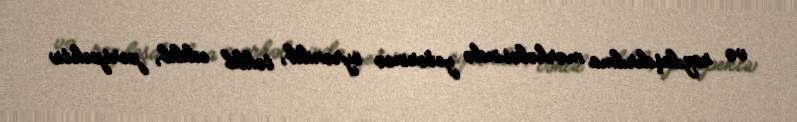
və razılaşdırılma mərhələsində yetərincə öyrənilib, təhlil edilib, perspektiv